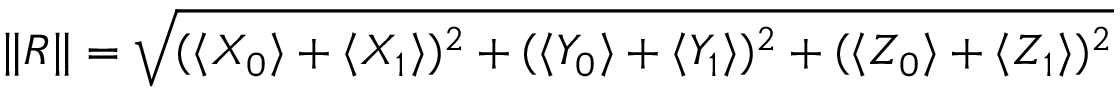
\| R \| = \sqrt { ( \langle X _ { 0 } \rangle + \langle X _ { 1 } \rangle ) ^ { 2 } + ( \langle Y _ { 0 } \rangle + \langle Y _ { 1 } \rangle ) ^ { 2 } + ( \langle Z _ { 0 } \rangle + \langle Z _ { 1 } \rangle ) ^ { 2 } }